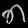
Digit: ၈